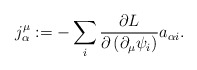
\begin{align*}j_{\alpha }^{\mu }:=-\sum_{i}\frac{\partial L}{\partial \left( \partial_{\mu }\psi _{i}\right) }a_{\alpha i}. \end{align*}